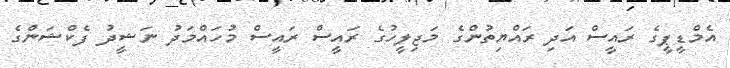
އެމްޑީޕީގެ ރައީސް އަދި ރައްޔިތުންގެ މަޖިލީހުގެ ރައީސް ރައީސް މުހައްމަދު ނަޝީދު ފެކްޝަންގެ